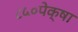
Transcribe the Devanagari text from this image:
८५०पेक्षा